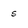
Character: 5